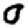
Digit: 0